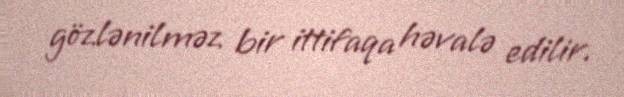
gözlənilməz bir ittifaqa həvalə edilir.